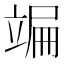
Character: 𥪒